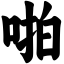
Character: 啪